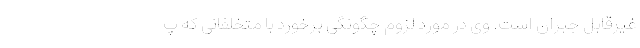
غیرقابل جبران است. وی در مورد لزوم چگونگی برخورد با متخلفانی که پ